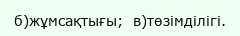
б)жұмсақтығы;  в)төзімділігі.